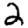
Digit: 2